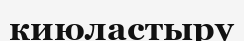
киюластыру